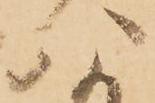
八